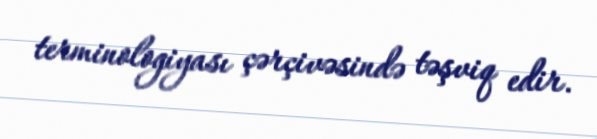
terminologiyası çərçivəsində təşviq edir.